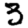
Digit: 3